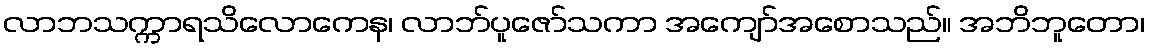
လာဘသက္ကာရသိလောကေန၊ လာဘ်ပူဇော်သကာ အကျော်အစောသည်။ အဘိဘူတော၊